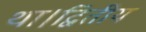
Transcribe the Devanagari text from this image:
था।द्वितीय